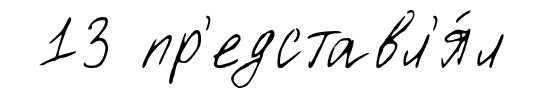
13 пр'едставл'я́л